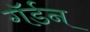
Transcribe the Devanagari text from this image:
गॅर्डन